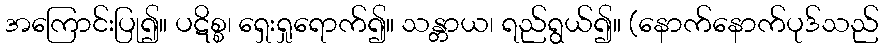
အကြောင်းပြု၍။ ပဋိစ္စ၊ ရှေးရှုရောက်၍။ သန္တာယ၊ ရည်ရွယ်၍။ (နောက်နောက်ပုဒ်သည်